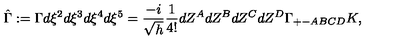
\hat { \Gamma } : = \Gamma d \xi ^ { 2 } d \xi ^ { 3 } d \xi ^ { 4 } d \xi ^ { 5 } = \frac { - i } { \sqrt { h } } \frac { 1 } { 4 ! } d Z ^ { A } d Z ^ { B } d Z ^ { C } d Z ^ { D } \Gamma _ { + - A B C D } K ,